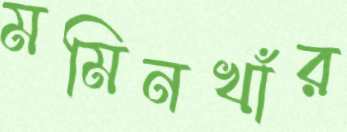
মমিনখাঁর